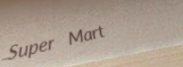
Super Mart